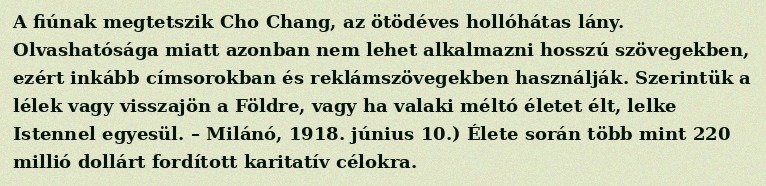
A fiúnak megtetszik Cho Chang, az ötödéves hollóhátas lány. Olvashatósága miatt azonban nem lehet alkalmazni hosszú szövegekben, ezért inkább címsorokban és reklámszövegekben használják. Szerintük a lélek vagy visszajön a Földre, vagy ha valaki méltó életet élt, lelke Istennel egyesül. – Milánó, 1918. június 10.) Élete során több mint 220 millió dollárt fordított karitatív célokra.